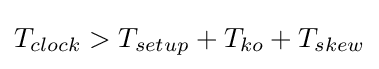
T_{clock}>T_{setup}+T_{ko}+T_{skew}